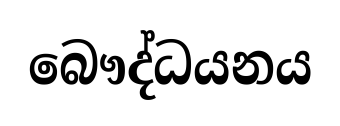
බෞද්ධයනය